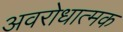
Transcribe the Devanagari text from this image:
अवरोधात्मक